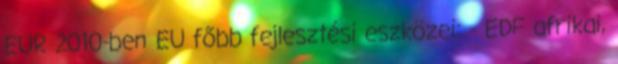
EUR 2010-ben EU főbb fejlesztési eszközei: - EDF afrikai,